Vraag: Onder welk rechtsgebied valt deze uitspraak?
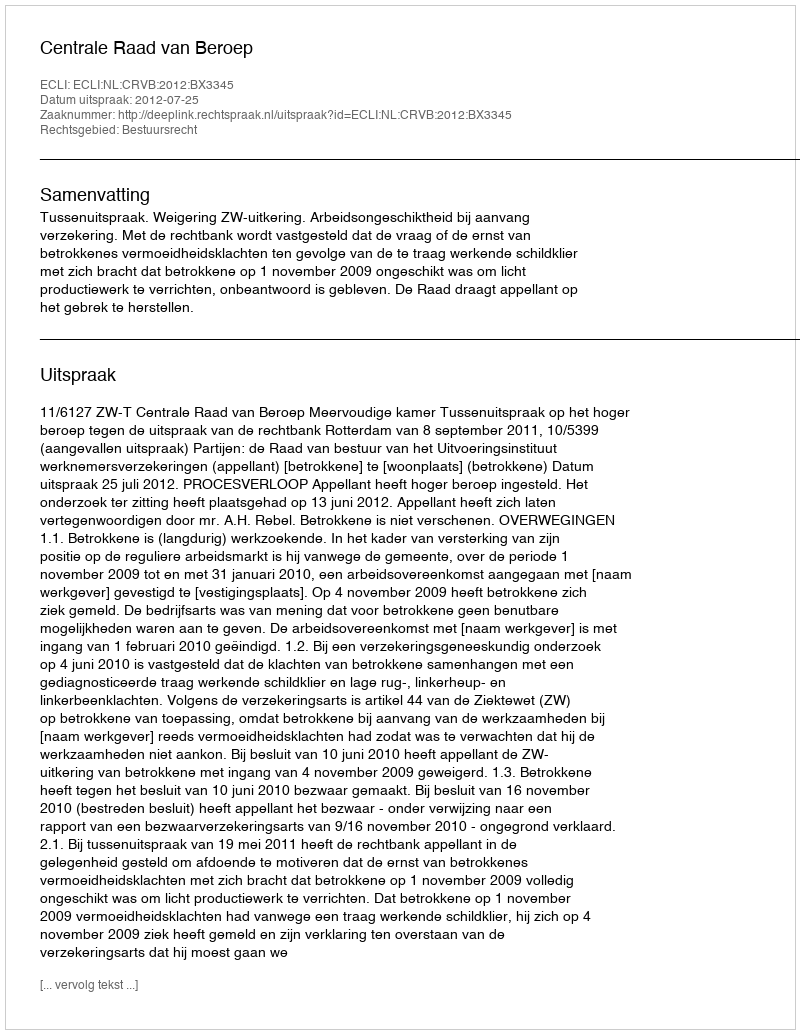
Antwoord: Bestuursrecht